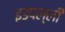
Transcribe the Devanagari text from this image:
इडपल्ली